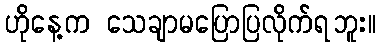
ဟိုနေ့က သေချာမပြောပြလိုက်ရဘူး။